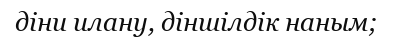
діни илану, діншілдік наным;